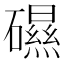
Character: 礘